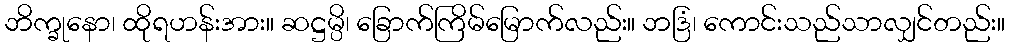
ဘိက္ခုနော၊ ထိုရဟန်းအား။ ဆဋ္ဌမ္ပိ၊ ခြောက်ကြိမ်မြောက်လည်း။ ဘဒြံ၊ ကောင်းသည်သာလျှင်တည်း။